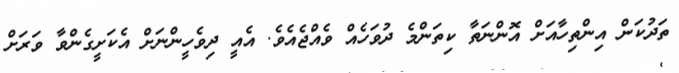
ތަދުކަން އިންތިހާއަށް އޮންނަތާ ކިތަންމެ ދުވަހެއް ވެއްޖެއެވެ. އެއީ ދިވެހީންނަށް އެކަށީގެންވާ ވަރަށް